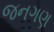
જનગણ